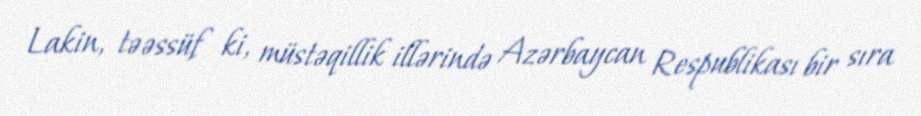
Lakin, təəssüf ki, müstəqillik illərində Azərbaycan Respublikası bir sıra